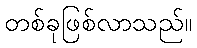
တစ်ခုဖြစ်လာသည်။